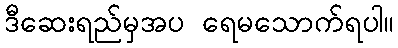
ဒီဆေးရည်မှအပ ရေမသောက်ရပါ။